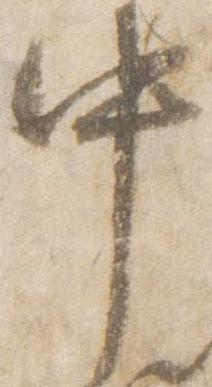
中